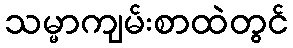
သမ္မာကျမ်းစာထဲတွင်